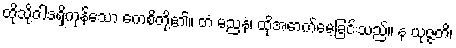
ထိုသို့ဝါဒရှိကုန်သော ကေစိတို့၏။ တံ မညနံ၊ ထိုအောက်မေ့ခြင်းသည်။ န ယုဇ္ဇတိ၊